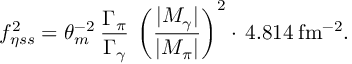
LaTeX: f _ { \eta s s } ^ { 2 } = { \theta _ { m } ^ { - 2 } } \: \frac { \Gamma _ { \pi } } { \Gamma _ { \gamma } } \: \left( \frac { | { \cal M } _ { \gamma } | } { | { \cal M } _ { \pi } | } \right) ^ { 2 } \cdot \, 4 . 8 1 4 \: \mathrm { f m ^ { - 2 } } .